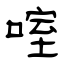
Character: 㗌